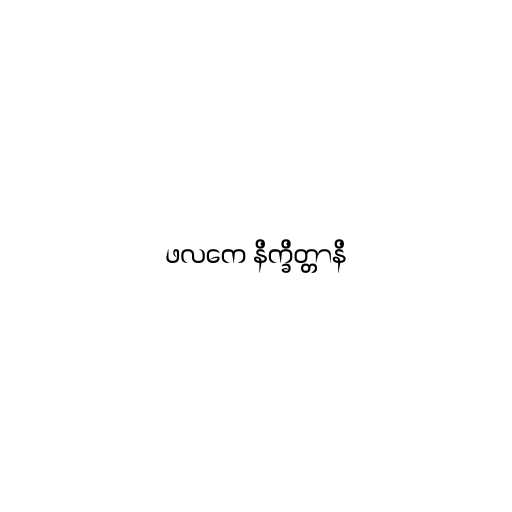
ဖလကေ နိက္ခိတ္တာနိ